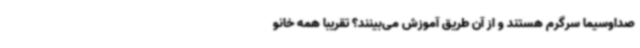
صداوسیما سرگرم هستند و از آن طریق آموزش می‌بینند؟ تقریبا همه خانو